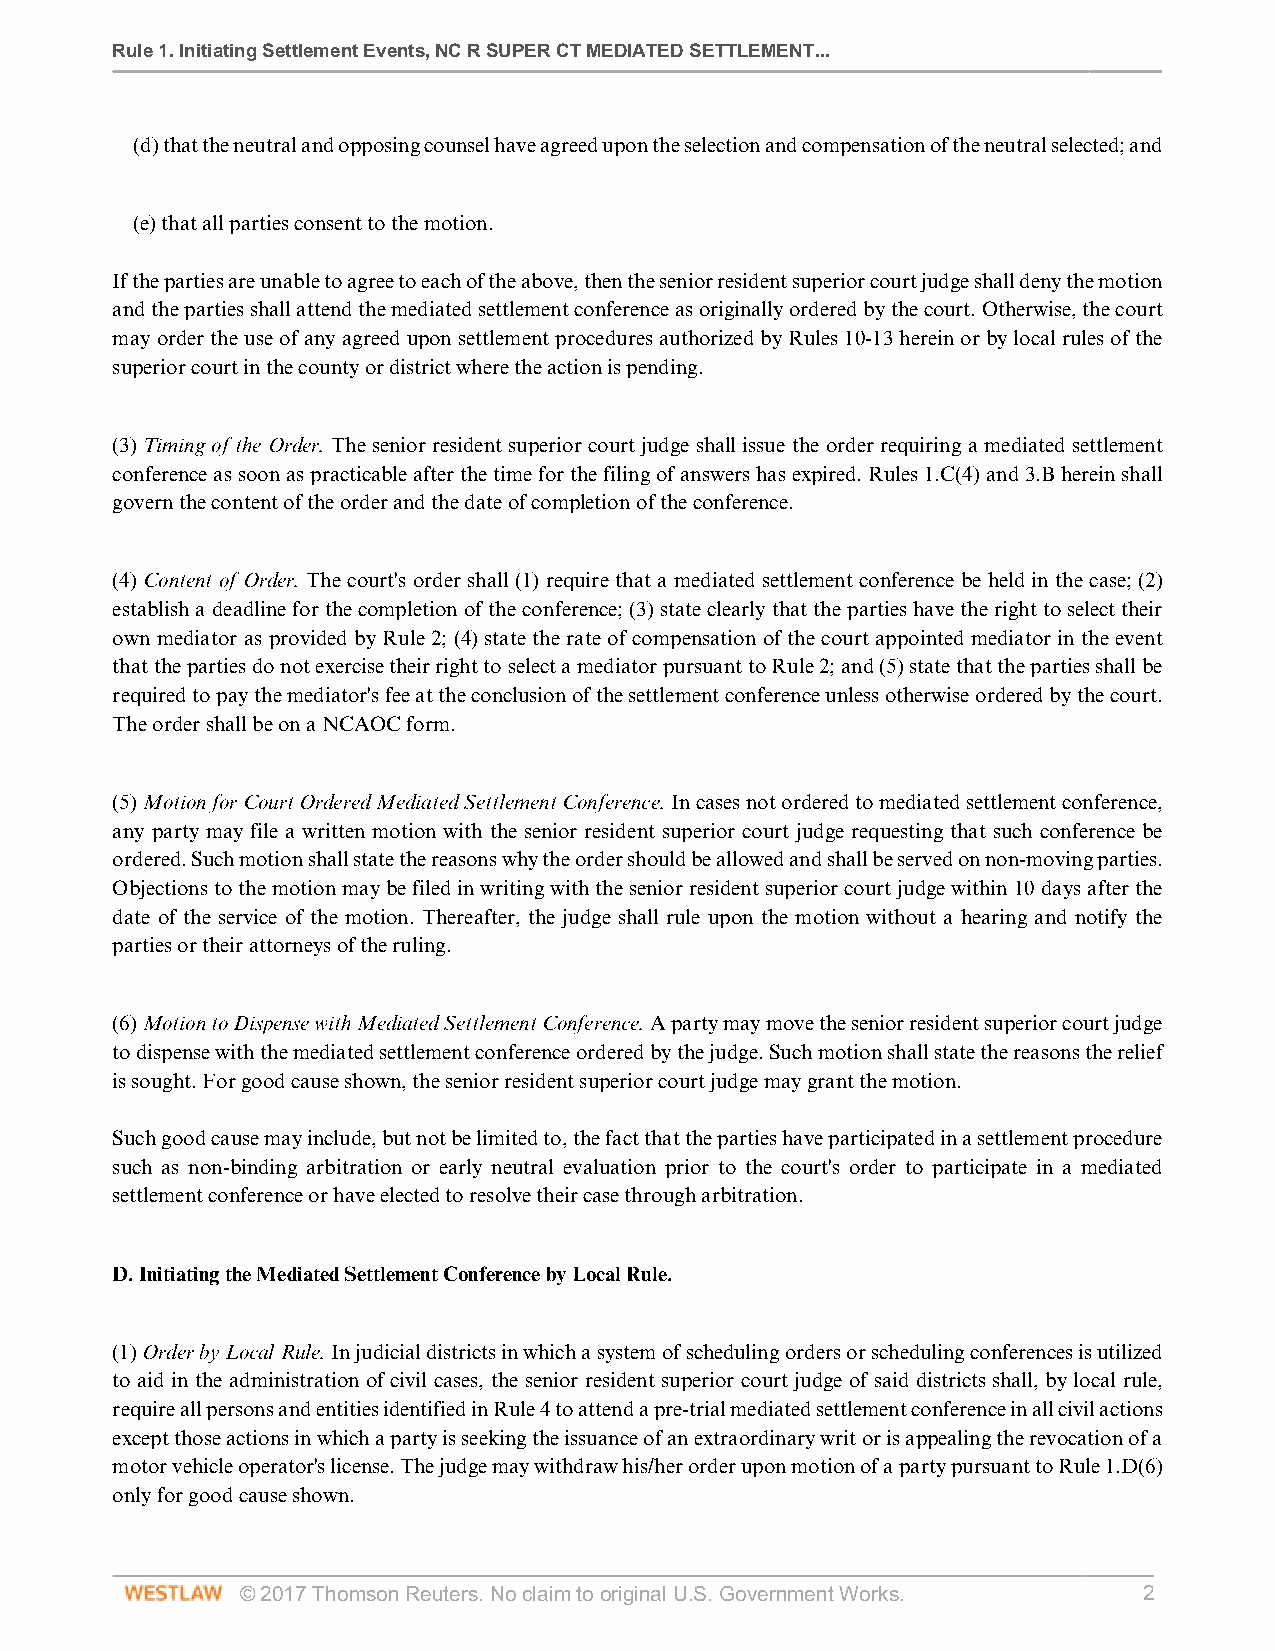
Rule 1. Initiating Settlement Events, NC R SUPER CT MEDIATED SETTLEMENT...
 (d) that the neutral and opposing counsel have agreed upon the selection and compensation of the neutral selected; and
 (e) that all parties consent to the motion.
 If the parties are unable to agree to each of the above, then the senior resident superior court judge shall deny the motion
 and the parties shall attend the mediated settlement conference as originally ordered by the court. Otherwise, the court
 may order the use of any agreed upon settlement procedures authorized by Rules 10-13 herein or by local rules of the
 superior court in the county or district where the action is pending.
 (3) Timing of the Order. The senior resident superior court judge shall issue the order requiring a mediated settlement
 conference as soon as practicable after the time for the filing of answers has expired. Rules 1.C(4) and 3.B herein shall
 govern the content of the order and the date of completion of the conference.
 (4) Content of Order. The court's order shall (1) require that a mediated settlement conference be held in the case; (2)
 establish a deadline for the completion of the conference; (3) state clearly that the parties have the right to select their
 own mediator as provided by Rule 2; (4) state the rate of compensation of the court appointed mediator in the event
 that the parties do not exercise their right to select a mediator pursuant to Rule 2; and (5) state that the parties shall be
 required to pay the mediator's fee at the conclusion of the settlement conference unless otherwise ordered by the court.
 The order shall be on a NCAOC form.
 (5) Motion for Court Ordered Mediated Settlement Conference. In cases not ordered to mediated settlement conference,
 any party may file a written motion with the senior resident superior court judge requesting that such conference be
 ordered. Such motion shall state the reasons why the order should be allowed and shall be served on non-moving parties.
 Objections to the motion may be filed in writing with the senior resident superior court judge within 10 days after the
 date of the service of the motion. Thereafter, the judge shall rule upon the motion without a hearing and notify the
 parties or their attorneys of the ruling.
 (6) Motion to Dispense with Mediated Settlement Conference. A party may move the senior resident superior court judge
 to dispense with the mediated settlement conference ordered by the judge. Such motion shall state the reasons the relief
 is sought. For good cause shown, the senior resident superior court judge may grant the motion.
 Such good cause may include, but not be limited to, the fact that the parties have participated in a settlement procedure
 such as non-binding arbitration or early neutral evaluation prior to the court's order to participate in a mediated
 settlement conference or have elected to resolve their case through arbitration.
 D. Initiating the Mediated Settlement Conference by Local Rule.
 (1) Order by Local Rule. In judicial districts in which a system of scheduling orders or scheduling conferences is utilized
 to aid in the administration of civil cases, the senior resident superior court judge of said districts shall, by local rule,
 require all persons and entities identified in Rule 4 to attend a pre-trial mediated settlement conference in all civil actions
 except those actions in which a party is seeking the issuance of an extraordinary writ or is appealing the revocation of a
 motor vehicle operator's license. The judge may withdraw his/her order upon motion of a party pursuant to Rule 1.D(6)
 only for good cause shown.
 © 2017 Thomson Reuters. No claim to original U.S. Government Works. 2